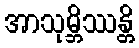
အာသုမ္ဘိဿန္တိ